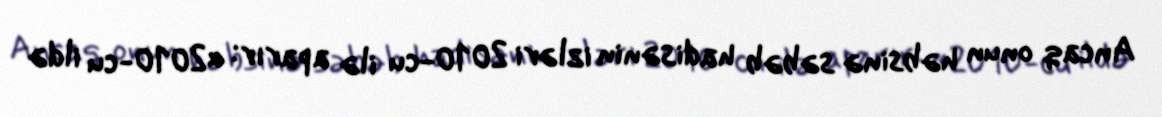
Ancaq onun həbsinə səbəb hadisənin izləri 2010-cu ilə aparır: «2010-cu ildə